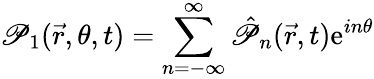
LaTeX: \mathscr{P}_{1}(\vec{{r}},\theta,t)=\sum_{n=-\infty}^{\infty}\hat{{\mathscr{P}}}_{n}(\vec{{r}},t)\mathrm{{e}}^{in\theta}